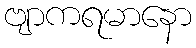
ဗျာကရမာနော